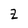
Character: Z